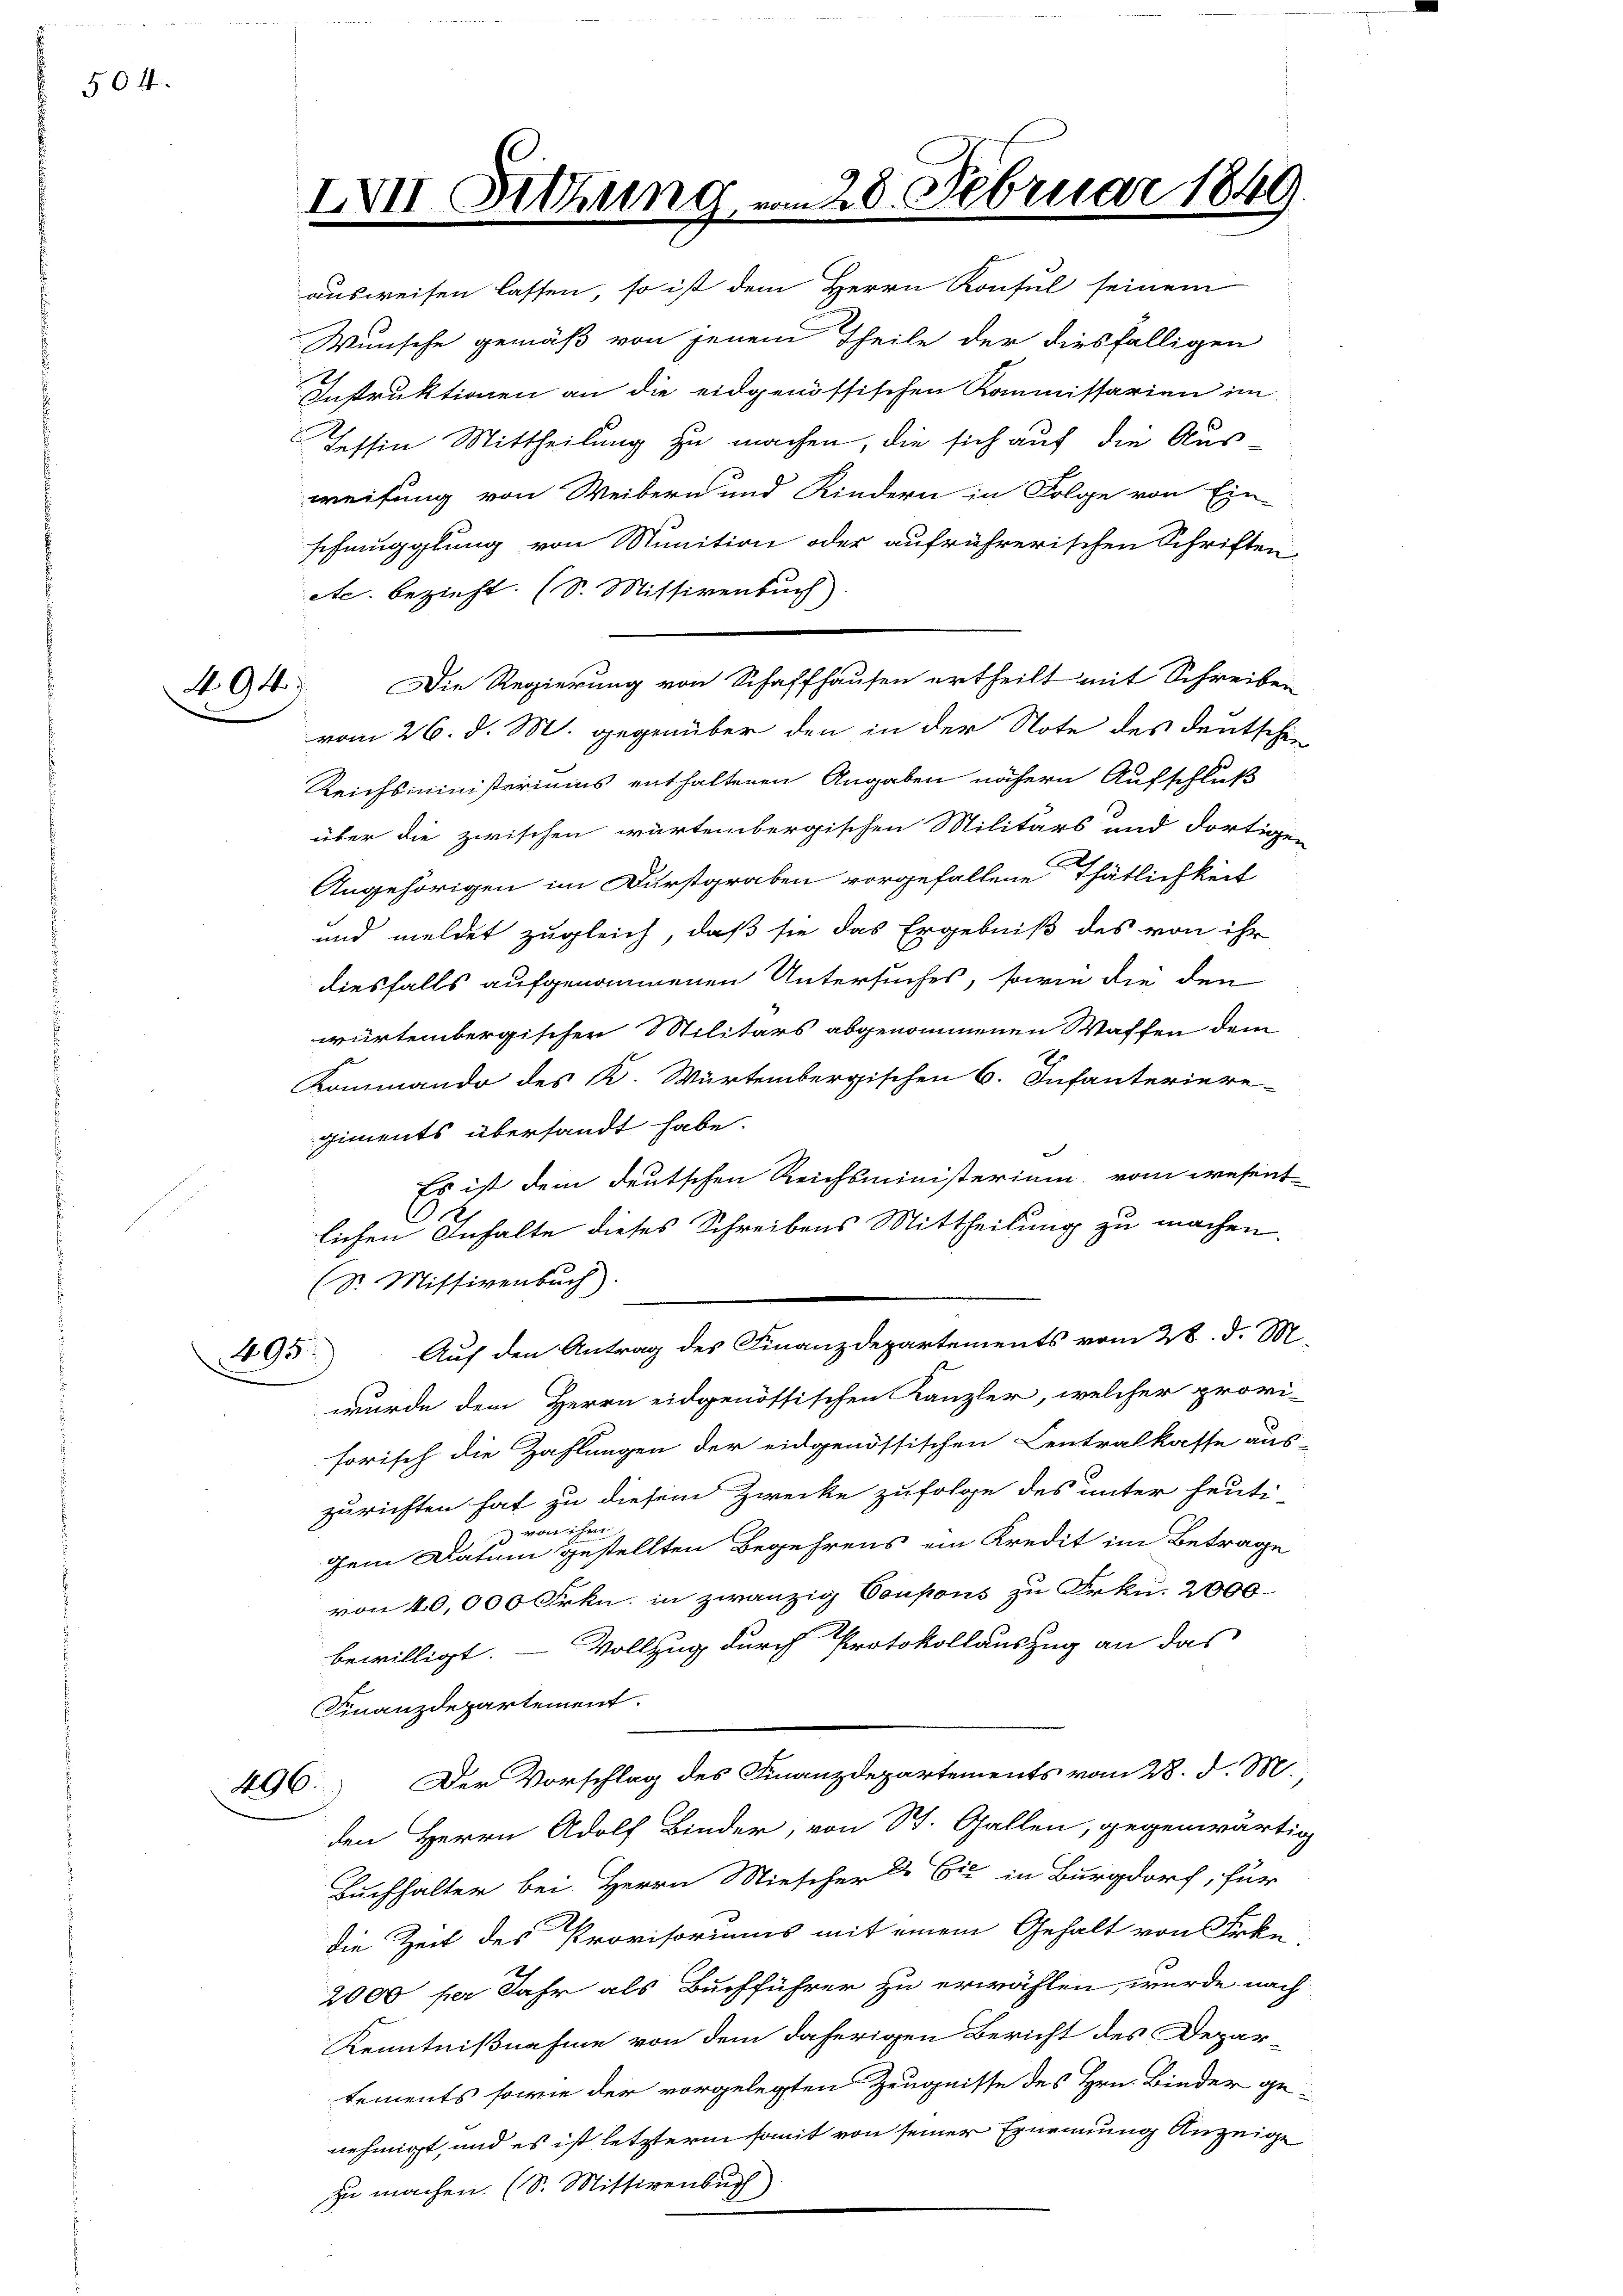
5014.

A. 94

296.

LVII. C

Sitzung.

ausweisen lassen, so ist dem Herrn Konsul seinem
Wunsche gemäß von jenem Theile der diesfälligen
Instruktionen an die eidgenössischen Kommissarien im
Tessin Mittheilung zu machen, die sich auf die Ausweisung von Weibern und Kindern in Folge von Ein-
schmugglung von Munition oder aufrührerischen Schriften
etc. bezieht. (S. Missivenbuch)
vom 26. d. M. gegenüber den in der Note des deutschen
Reichsministeriums enthaltenen Angaben nähern Aufschluß
über die zwischen würtembergischen Militärs und dortigen
Angehörigen im Durstgraben vorgefallene Thätlichkeit
und meldet zugleich, daß sie das Ergebniß des von ihr
diesfalls aufgenommenen Untersuches, sowie die den
würtembergischen Militärs abgenommenen Waffen dem
Kommando des K. Würtembergischen 6. Infanteriere
giments übersandt habe.
Es ist dem deutschen Reichsministerium, vom wesent
e
lichen Anhalte dieses Schreibens Mittheilung zu machen.
Sr. Missivenbuch).
495. Auf den Antrag des Finanzdepartements vom 28. d. M.
wurde dem Herrn eidgenössischen Kanzler, welcher provi-
sorisch die Zahlungen der eidgenössischen Centralkasse aus-
zurichten hat zu diesem Zwecke zufolge des unter heuti
Her
voni
gem Datum gestellten Begehrens ein Kredit im Betrage
von 40,000 Frkn. in zwanzig Coupons zu Frkn. 2000
bewilligt. — Vollzug durch Protokollauszug an das
Finanzdepartement
Der Vorschlag des Finanzdepartements vom 28. d. M.
den Herrn Adolf Binder, von St. Gallen, gegenwärtig
Buchhalter bei Herrn Miescher & Cie in Burgdorf, für
die Zeit des Provisoriums mit einem Gehalt von Frke
2000 per Jahr als Buchführer zu erwählen, wurde nach
Kenntnißnahme von dem daherigen Bericht des Departements sowie der vorgelegten Zeugnisse des Hrn. Bieder genehmigt, und es ist letzterm somit von seiner Ernennung Anzeige
zu machen. (S. Mittirenbuch

Die Regierung von Schaffhausen ertheilt mit Schreiben

an 28. Februar 1849.